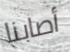
أصابنا